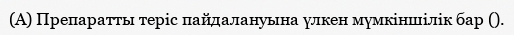
(A) Препаратты терiс пайдалануына үлкен мүмкіншілік бар ().